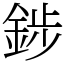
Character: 䤮